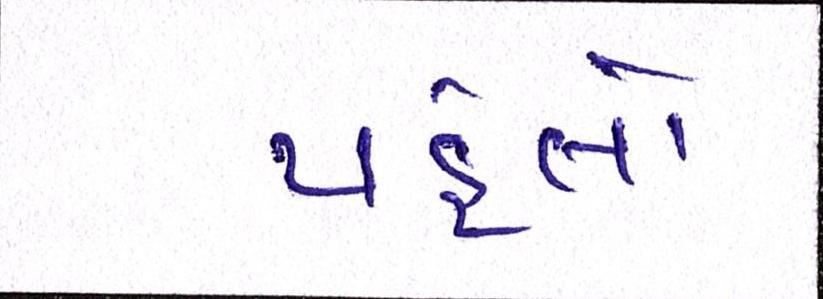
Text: પહેલો